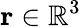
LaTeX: \mathbf{r}\in{\mathbb{R}}^{3}